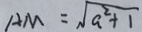
A M = \sqrt { a ^ { 2 } + 1 }